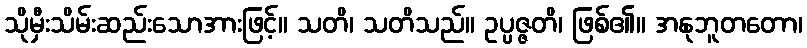
သိုမှီးသိမ်းဆည်းသောအားဖြင့်။ သတိ၊ သတိသည်။ ဥပ္ပဇ္ဇတိ၊ ဖြစ်၏။ အနုဘူတတော၊